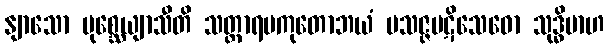
နျာသော ပုစ္ဆေယျာသီတိ သတ္ထာရမကုတောဘယံ ပသဇ္ဇပဋိသေဓော သုဒ္ဓိမာဟ